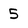
Character: 5